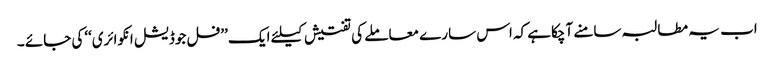
اب یہ مطالبہ سامنے آچکاہے کہ اس سارے معاملے کی تفتیش کیلئے ایک ’’فل جوڈیشل انکوائری‘‘کی جائے ۔